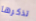
تذكرها